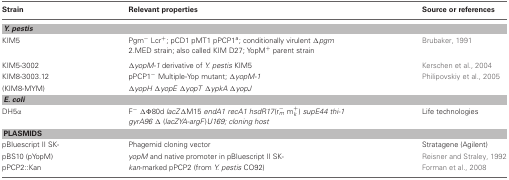
| Strain | Relevant properties | Source or references |
 | --- | --- | --- |
 | <COLSPAN=3> Y. pestis |
 | KIM5 | Pgm− Lcr+; pCD1 pMT1 pPCP1a; conditionally virulent Δpgm 2.MED strain; also called KIM D27; YopM+ parent strain | Brubaker, 1991 |
 | KIM5-3002 | ΔyopM-1 derivative of Y. pestis KIM5 | Kerschen et al., 2004 |
 | KIM8-3003.12 | pPCP1− Multiple-Yop mutant; ΔyopM-1 | Philipovskiy et al., 2005 |
 | (KIM8-MYM) | ΔyopH ΔyopE ΔyopT ΔypkA ΔyopJ |  |
 | <COLSPAN=3> E. coli |
 | DH5α | F− ΔΦ80d lacZΔM15 endA1 recA1 hsdR17(r−m m+k) supE44 thi-1 gyrA96 Δ (lacZYA-argF)U169; cloning host | Life technologies |
 | <COLSPAN=3> PLASMIDS |
 | pBluescript II SK- | Phagemid cloning vector | Stratagene (Agilent) |
 | pBS10 (pYopM) | yopM and native promoter in pBluescript II SK- | Reisner and Straley, 1992 |
 | pPCP2::Kan | kan-marked pPCP2 (from Y. pestis CO92) | Forman et al., 2008 |